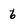
Character: 6